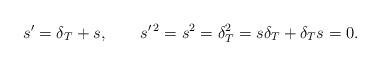
LaTeX: \begin{align*}s^\prime=\delta_T+s,\quad\quad s^{\prime \, 2}=s^2=\delta_T^2=s\delta_T+\delta_T s=0.\end{align*}